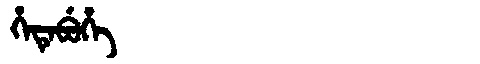
Manchu: ᡥᡝᡨᡝᠪᡠᡥᡝ
Romanization: HETEBUHE